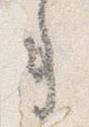
事